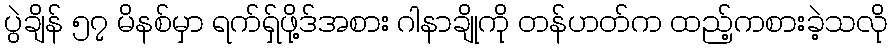
ပွဲချိန် ၅၇ မိနစ်မှာ ရက်ရှ်ဖို့ဒ်အစား ဂါနာချိုကို တန်ဟတ်က ထည့်ကစားခဲ့သလို